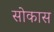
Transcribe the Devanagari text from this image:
सोकास